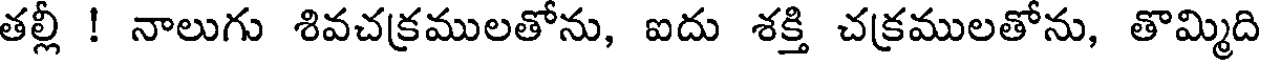
తల్లీ ! నాలుగు శివచక్రములతోను, ఐదు శక్తి చక్రములతోను, తొమ్మిది